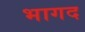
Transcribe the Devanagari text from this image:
भागद